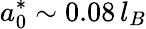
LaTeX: a_{0}^{*}\sim 0.08\, l_{B}